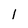
Character: l